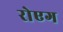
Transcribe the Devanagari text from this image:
रोएग